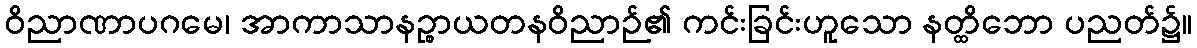
ဝိညာဏာပဂမေ၊ အာကာသာနဉ္စာယတနဝိညာဉ်၏ ကင်းခြင်းဟူသော နတ္ထိဘော ပညတ်၌။